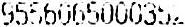
9556065000352